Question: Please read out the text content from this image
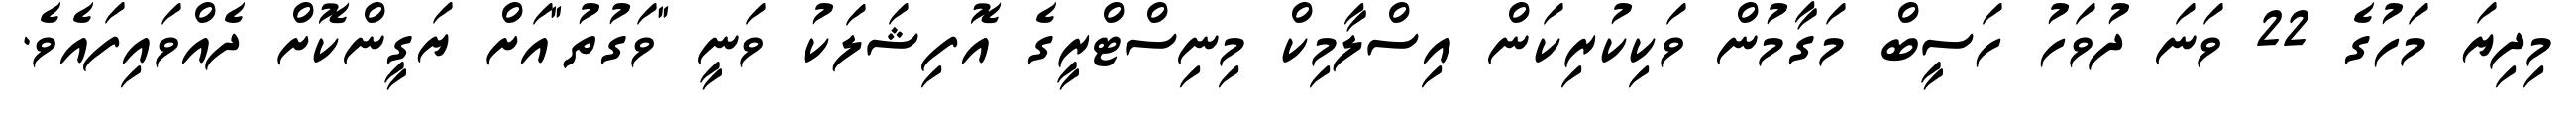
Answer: މިދިޔަ މަހުގެ 22 ވަނަ ދުވަހު ހަސީބް މަގާމުން ވަކިކުރިކަން އިސްލާމިކް މިނިސްޓްރީގެ އޮފިޝަލަކު ވަނީ "ވަގުތު"އަށް ޔަގީންކޮށް ދެއްވައިފައެވެ.